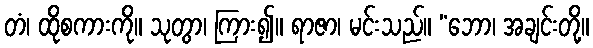
တံ၊ ထိုစကားကို။ သုတွာ၊ ကြား၍။ ရာဇာ၊ မင်းသည်။ “ဘော၊ အချင်းတို့။